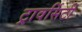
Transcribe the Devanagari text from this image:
ट्रावर्सिटी